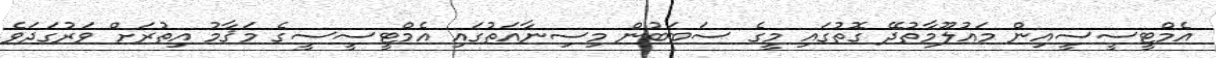
އެމްޓީސީސީއިން މައުލޫމާތުދޭ ގޮތުގައި މީގެ ސަބަބުން މިސިނާއަތުގައި އެމްޓީސީސީގެ މަޤާމު އިތުރަށް ވަރުގަދަވެ